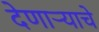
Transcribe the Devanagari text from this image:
देणाऱ्याचे